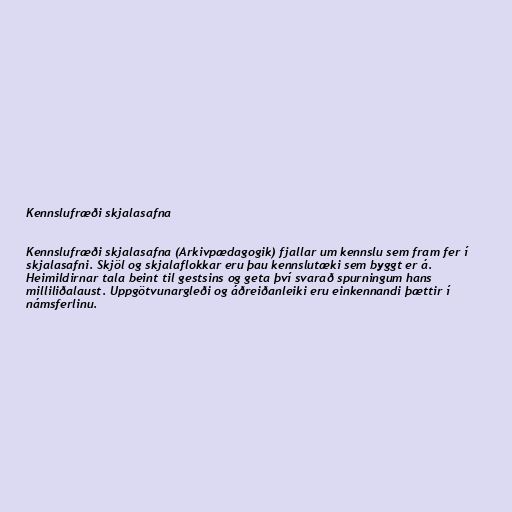
Kennslufræði skjalasafna

Kennslufræði skjalasafna (Arkivpædagogik) fjallar um kennslu sem fram fer í
skjalasafni. Skjöl og skjalaflokkar eru þau kennslutæki sem byggt er á.
Heimildirnar tala beint til gestsins og geta því svarað spurningum hans
milliliðalaust. Uppgötvunargleði og áðreiðanleiki eru einkennandi þættir í
námsferlinu.